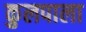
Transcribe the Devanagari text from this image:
कुलपाला